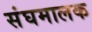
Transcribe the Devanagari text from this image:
संघमालक